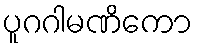
ပူဂဂါမဏိကော